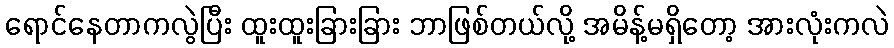
ရောင်နေတာကလွဲပြီး ထူးထူးခြားခြား ဘာဖြစ်တယ်လို့ အမိန့်မရှိတော့ အားလုံးကလဲ